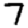
Digit: 7